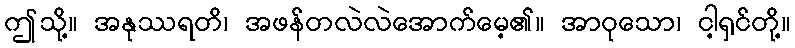
ဤသို့။ အနုဿရတိ၊ အဖန်တလဲလဲအောက်မေ့၏။ အာဝုသော၊ ငါ့ရှင်တို့။